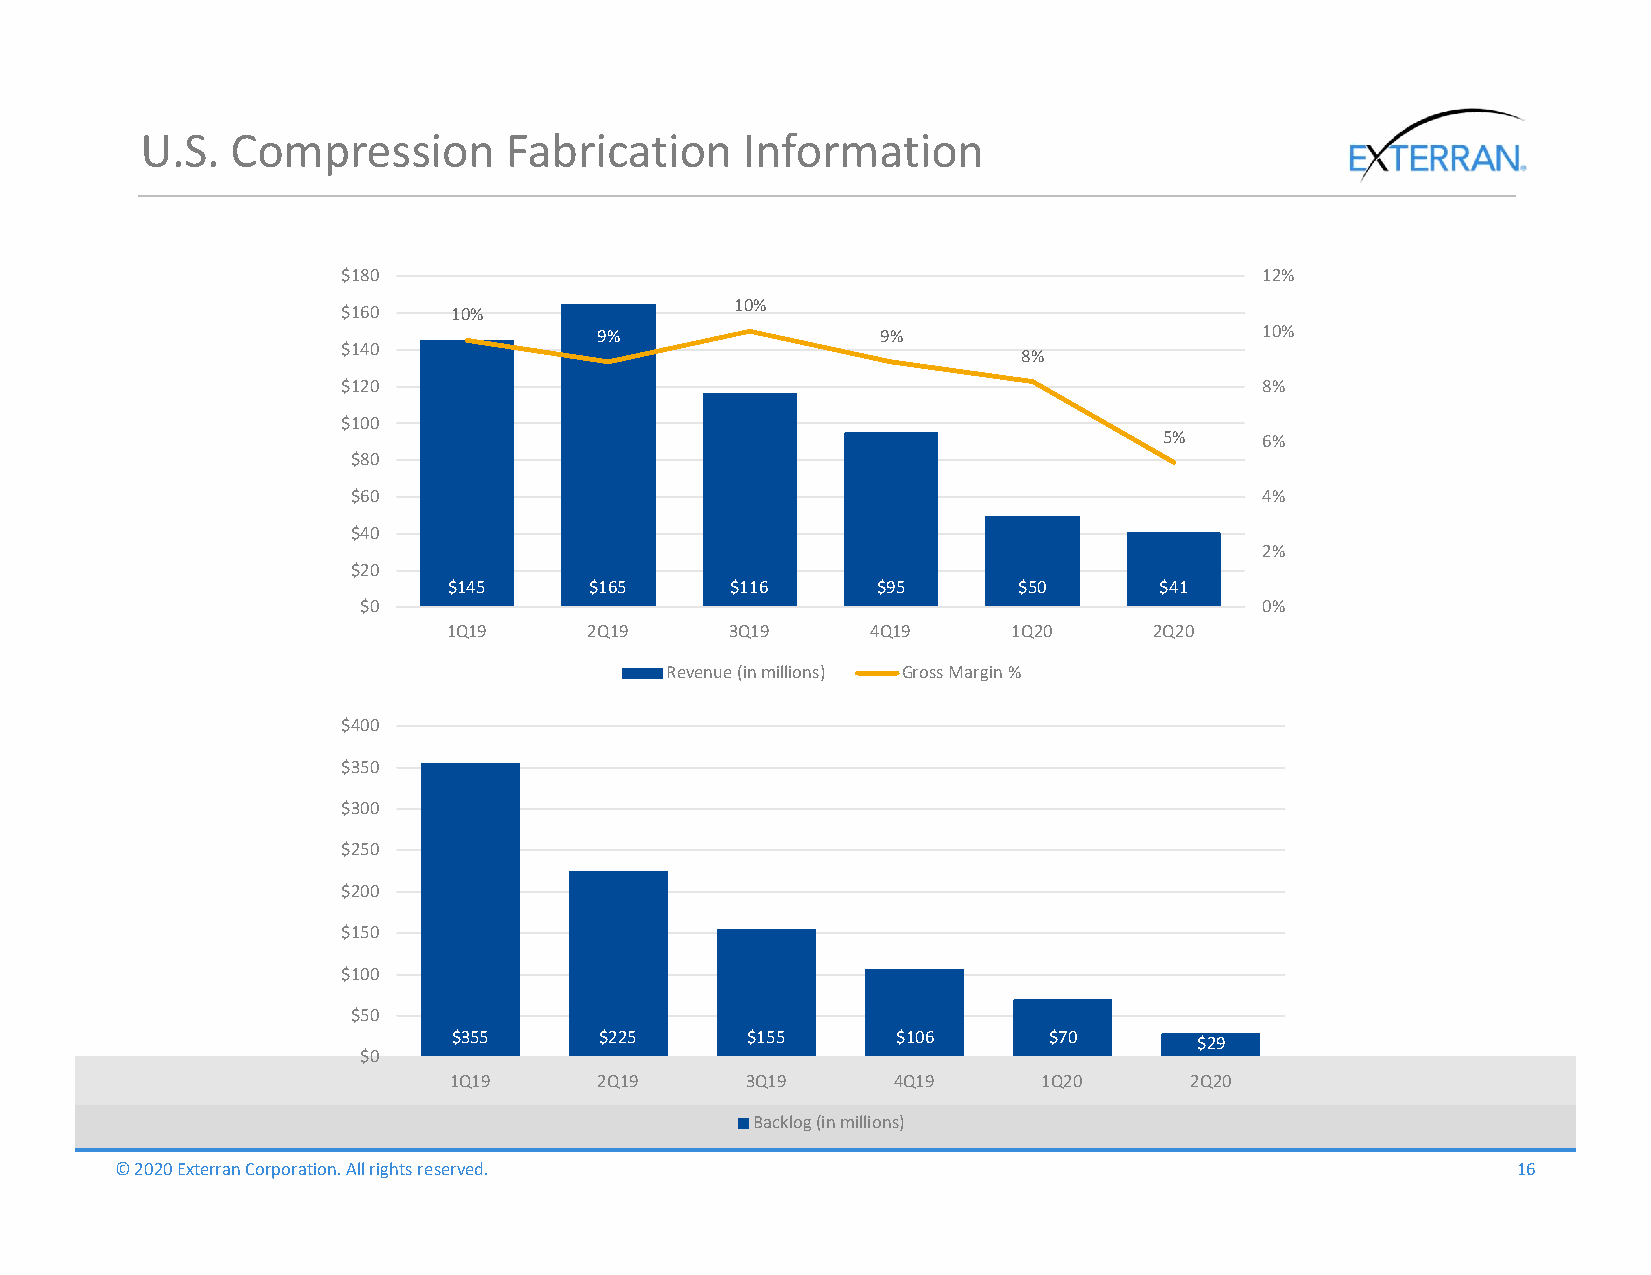
U.S.  Compression       Fabrication     Information
 $180                                                         12%
 10%
 $160   10%
 9%                9%                        10%
 $140
 8%
 $120                                                         8%
 $100
 5%     6%
 $80
 $60                                                          4%
 $40
 2%
 $20
 $145     $165     $116      $95      $50       $41
 $0                                                          0%
 1Q19     2Q19     3Q19      4Q19     1Q20     2Q20
 Revenue (in millions) Gross Margin %
 $400
 $350
 $300
 $250
 $200
 $150
 $100
 $50
 $355      $225     $155      $106      $70       $29
 $0
 1Q19      2Q19     3Q19      4Q19      1Q20      2Q20
 Backlog (in millions)
 © 2020 Exterran Corporation. All rights reserved.                                           16